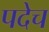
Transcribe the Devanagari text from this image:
पदेच